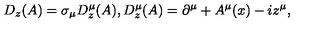
D _ { z } ( A ) = \sigma _ { \mu } D _ { z } ^ { \mu } ( A ) , D _ { z } ^ { \mu } ( A ) = \partial ^ { \mu } + A ^ { \mu } ( x ) - i z ^ { \mu } ,